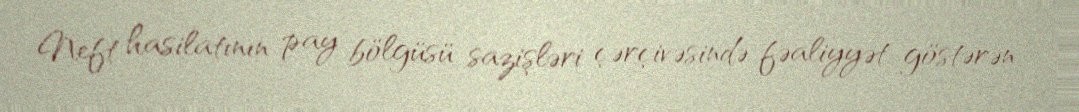
Neft hasilatının pay bölgüsü sazişləri çərçivəsində fəaliyyət göstərən